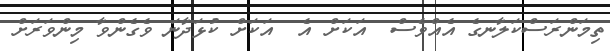
ތިމަންރަސްކަލާނގެ އެއްވެސް  އަކަށް އެ  އަކަށް ކުޅަދާނަ ވެގެންވާ މިންވަރަށް